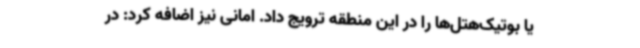
یا بوتیک‌هتل‌ها را در این منطقه ترویج داد. امانی نیز اضافه کرد: در